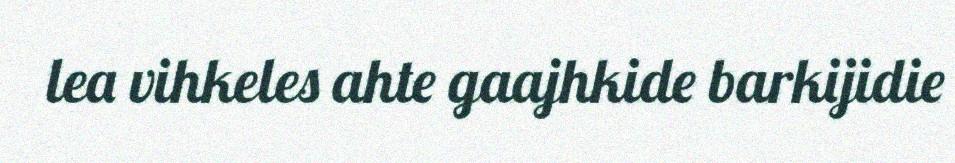
lea vihkeles ahte gaajhkide barkijidie